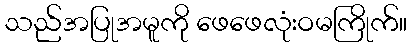
သည်အပြုအမူကို ဖေဖေလုံးဝမကြိုက်။